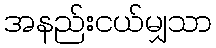
အနည်းငယ်မျှသာ